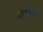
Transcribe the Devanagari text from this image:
शहस्त्रा